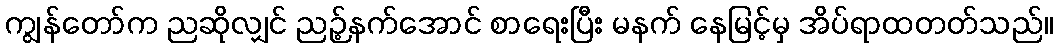
ကျွန်တော်က ညဆိုလျှင် ညဉ့်နက်အောင် စာရေးပြီး မနက် နေမြင့်မှ အိပ်ရာထတတ်သည်။